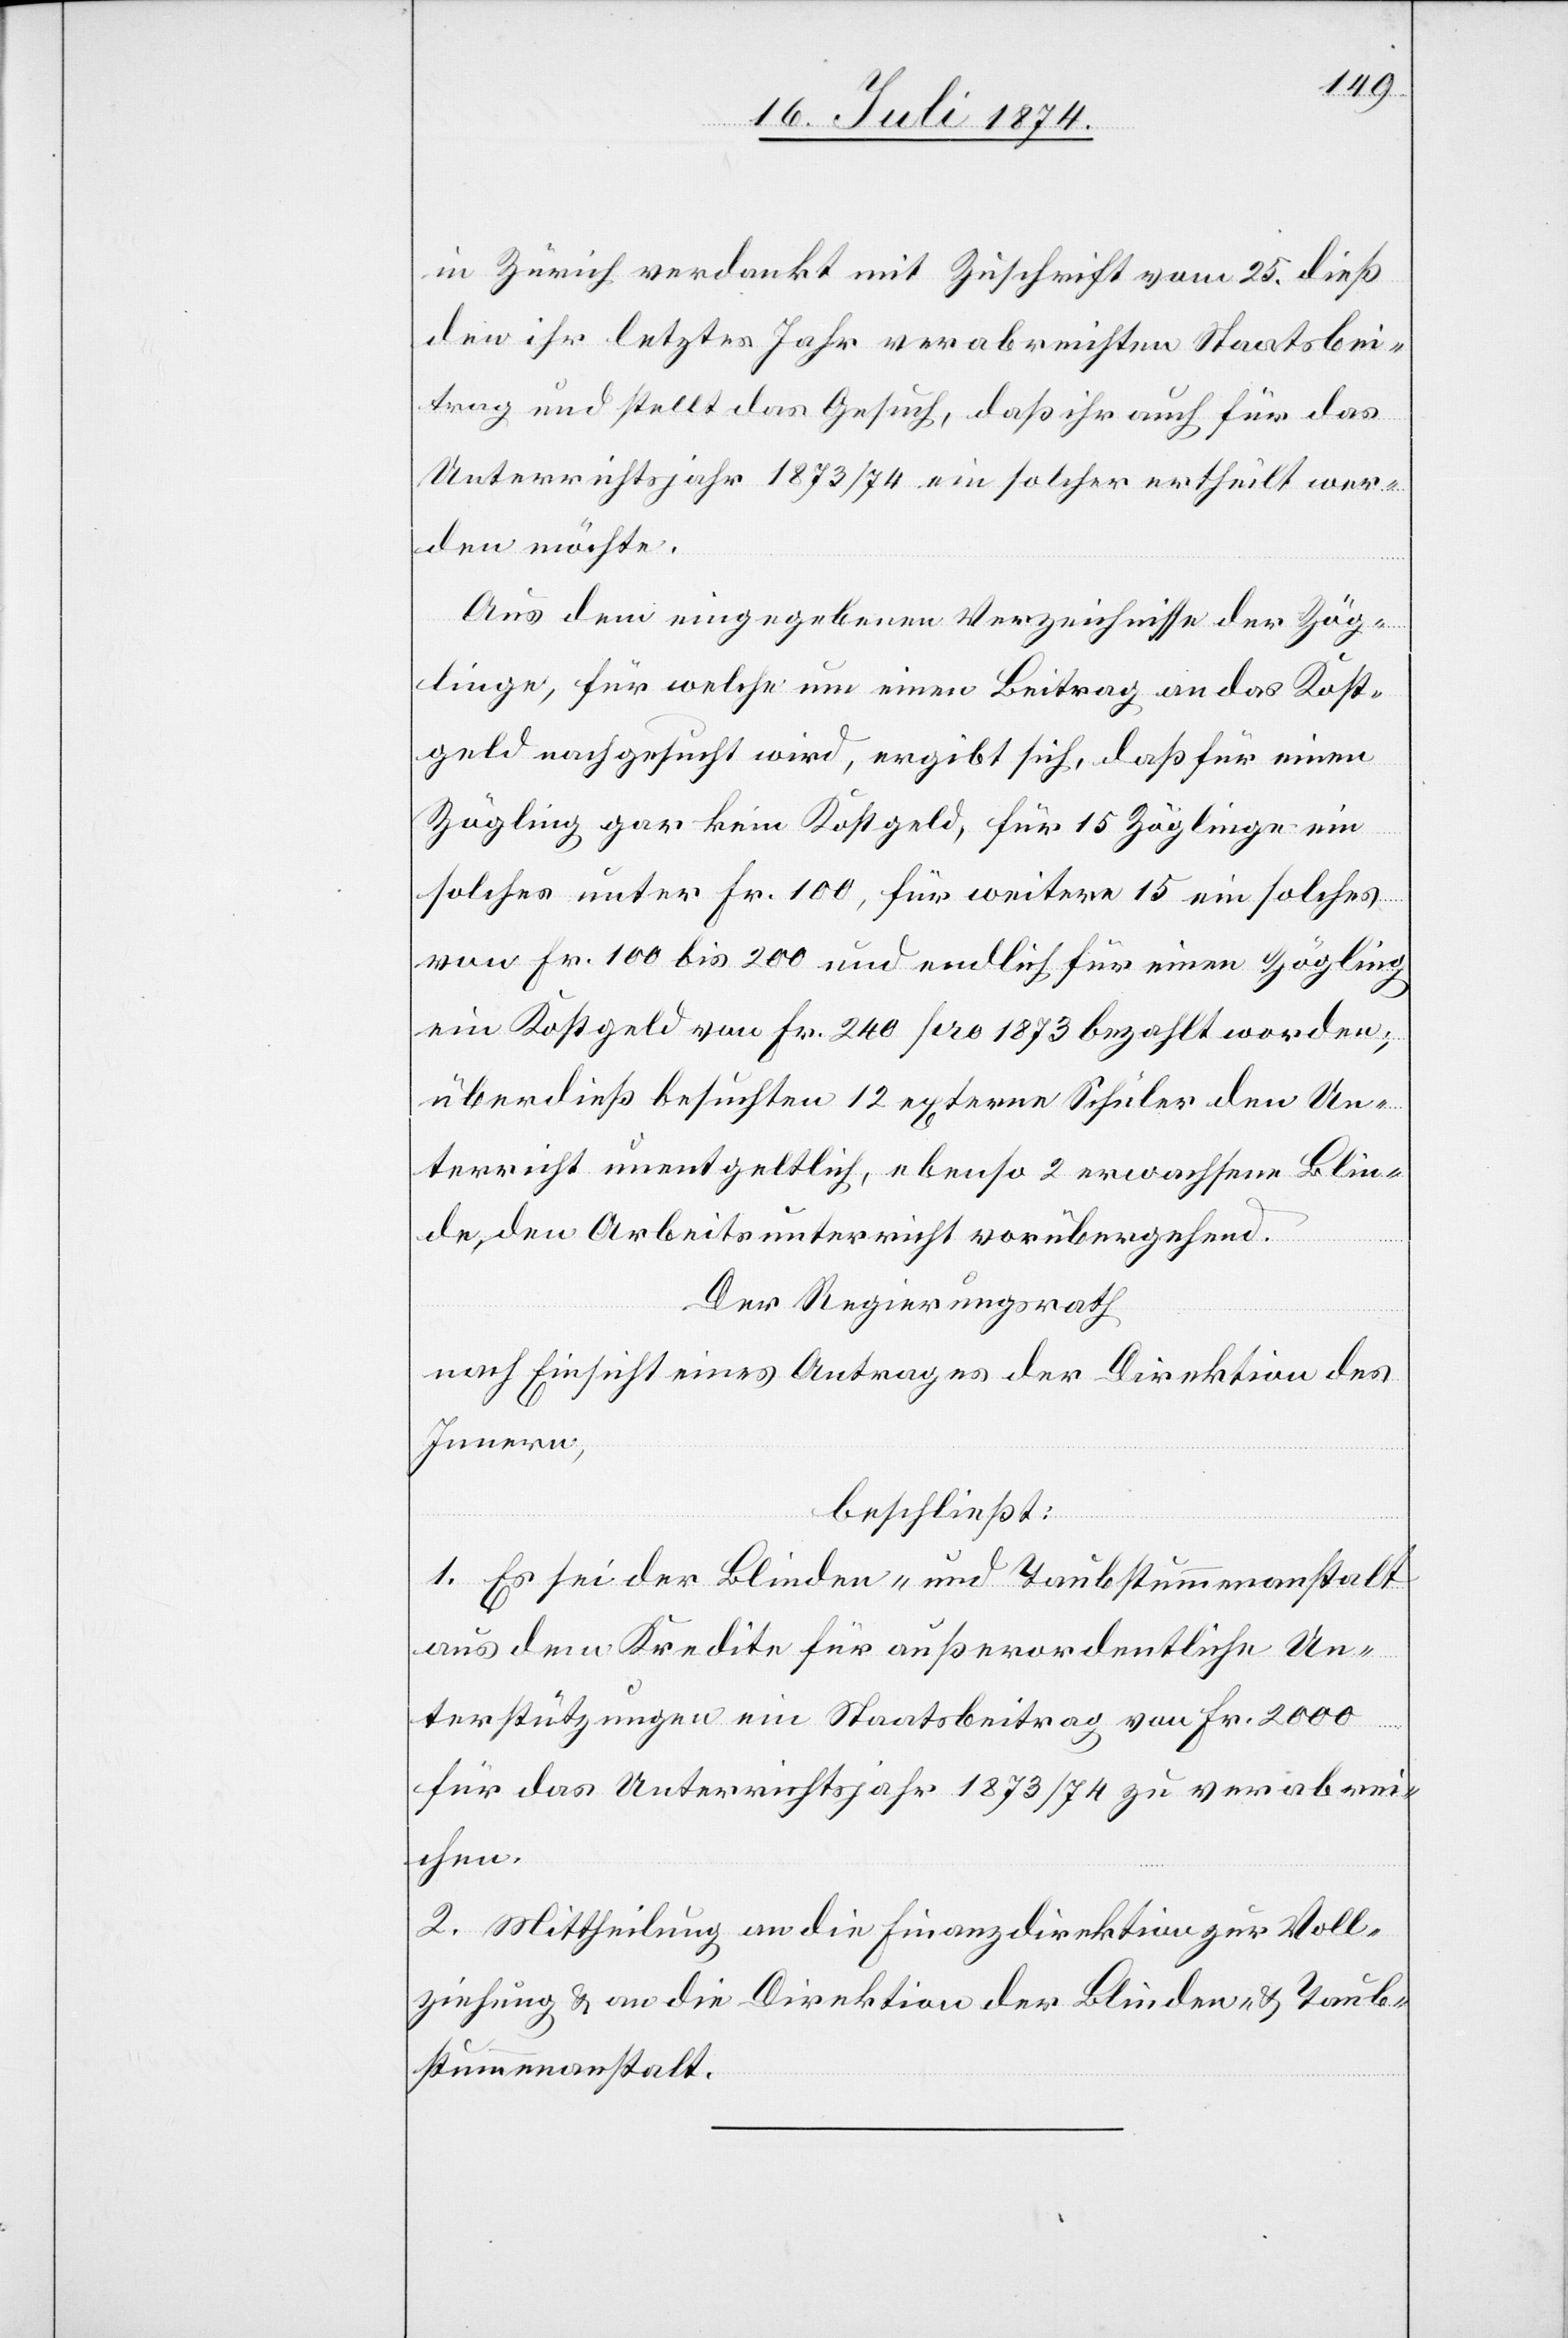
in Zürich verdankt mit Zuschrift vom 25. dieß
den ihr letztes Jahr verabreichten Staatsbei¬
trag und stellt das Gesuch, daß ihr auch für das
Unterrichtsjahr 1873/74 ein solcher ertheilt wer¬
den möchte.
Aus dem eingegebenen Verzeichnisse der Zög¬
linge, für welche um einen Beitrag an das Kost¬
geld nachgesucht wird, ergibt sich, daß für einen
Zögling gar kein Kostgeld, für 15 Zöglinge ein
solches unter Fr. 100, für weitere 15 ein solches
von Fr. 100 bis 200 und endlich für einen Zögling
ein Kostgeld von Fr. 240 pro 1873 bezahlt worden;
überdieß besuchten 12 externe Schüler den Un¬
terricht unentgeltlich, ebenso 2 erwachsene Blin¬
de, den Arbeitsunterricht vorübergehend.
Der Regierungsrath
nach Einsicht eines Antrages der Direktion des
Innern,
beschließt:
1. Es sei der Blinden- und Taubstummenanstalt
aus dem Kredite für außerordentliche Un¬
terstützungen ein Staatsbeitrag von Fr. 2000
für das Unterrichtsjahr 1873/74 zu verabrei¬
chen.
2. Mittheilung an die Finanzdirektion zur Voll¬
ziehung u. an die Direktion der Blinden- u. Taub¬
stummenanstalt.